Annual report of the Madras Medical College
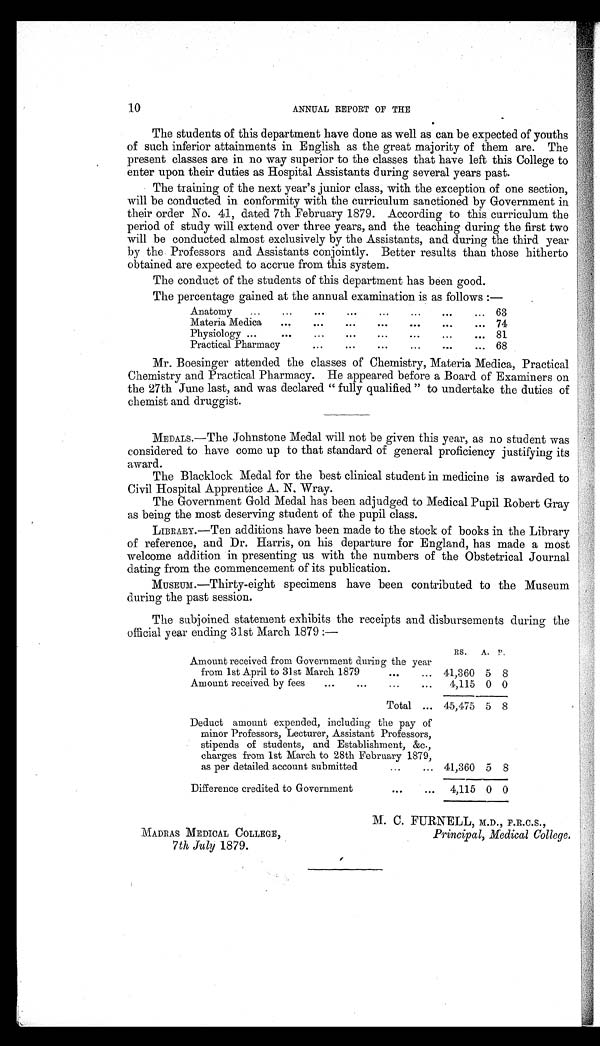
10
ANNUAL REPORT OF THE
The students of this department have done as well as can be expected of youths
of such inferior attainments in English as the great majority of them are. The
present classes are in no way superior to the classes that have left this College to
enter upon their duties as Hospital Assistants during several years past.
The training of the next year's junior class, with the exception of one section,
will be conducted in conformity with the curriculum sanctioned by Government in
their order No. 41, dated 7th February 1879. According to this curriculum the
period of study will extend over three years, and the teaching during the first two
will be conducted almost exclusively by the Assistants, and during the third year
by the Professors and Assistants conjointly. Better results than those hitherto
obtained are expected to accrue from this system.
The conduct of the students of this department has been good.
The percentage gained at the annual examination is as follows:—
Anatomy
63
Materia Medica
74
Physiology
81
Practical Pharmacy
68
Mr. Boesinger attended the classes of Chemistry, Materia Medica, Practical
Chemistry and Practical Pharmacy. He appeared before a Board of Examiners on
the 27th June last, and was declared "fully qualified" to undertake the duties of
chemist and druggist.
MEDALS.—The Johnstone Medal will not be given this year, as no student was
considered to have come up to that standard of general proficiency justifying its
award.
The Blacklock Medal for the best clinical student in medicine is awarded to
Civil. Hospital Apprentice A. N. Wray.
The Government Gold Medal has been adjudged to Medical Pupil Robert Gray
as being the most deserving student of the pupil class.
LIBRARY.—Ten additions have been made to the stock of books in the Library
of reference, and Dr. Harris, on his departure for England, has made a most
welcome addition in presenting us with the numbers of the Obstetrical Journal
dating from the commencement of its publication.
MUSEUM.—Thirty-eight specimens have been contributed to the Museum
during the past session.
The subjoined statement exhibits the receipts and disbursements during the
official year ending 31st March 1879:—
RS.
A. P.
Amount received from Government during the year
from 1st April to 31st March 1879
41,360 5 8
Amount received by fees
4,115 0 0
Total
45,475 5 8
Deduct amount expended, including the pay of
minor Professors, Lecturer, Assistant Professors,
stipends of students, and Establishment, &c.,
charges from 1st March to 28th February 1879,
as per detailed account submitted
41,360 5 8
MADRAS MEDICAL COLLEGE,
7th July 1879.
M. C. FURNELL, M.D., F.R.C.S.,
Principal, Medical College.